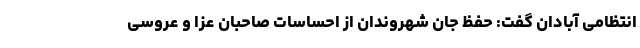
انتظامی آبادان گفت: حفظ جان شهروندان از احساسات صاحبان عزا و عروسی